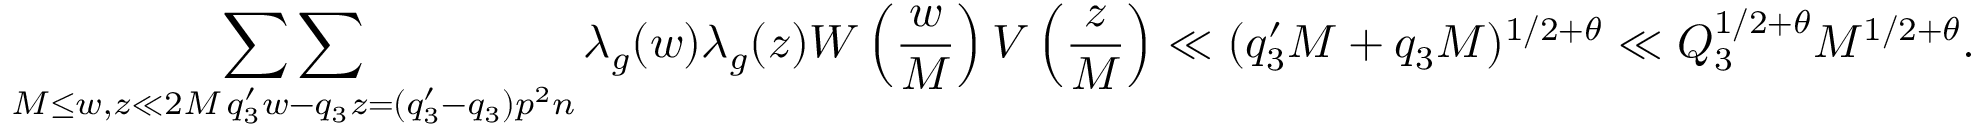
\mathop { \sum \sum } _ { \substack { M \leq w , z \ll 2 M \, q _ { 3 } ^ { \prime } w - q _ { 3 } z = ( q _ { 3 } ^ { \prime } - q _ { 3 } ) p ^ { 2 } n } } \lambda _ { g } ( w ) \lambda _ { g } ( z ) W \left( \frac { w } { M } \right) V \left( \frac { z } { M } \right) \ll ( q _ { 3 } ^ { \prime } M + q _ { 3 } M ) ^ { 1 / 2 + \theta } \ll Q _ { 3 } ^ { 1 / 2 + \theta } M ^ { 1 / 2 + \theta } .